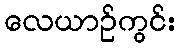
လေယာဉ်ကွင်း